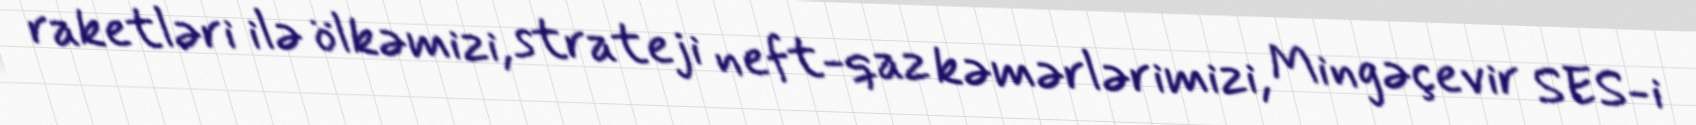
raketləri ilə ölkəmizi, strateji neft-qaz kəmərlərimizi, Mingəçevir SES-i